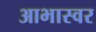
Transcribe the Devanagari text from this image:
आभास्वर